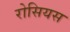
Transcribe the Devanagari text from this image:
रोसियस